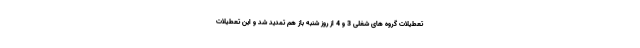
تعطیلات گروه های شغلی 3 و 4 از روز شنبه باز هم تمدید شد و این تعطیلات